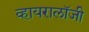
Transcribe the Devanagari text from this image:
व्हायरालॉजी